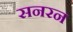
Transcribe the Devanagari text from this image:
सनरन